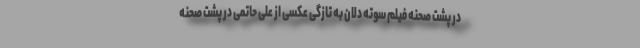
در پشت صحنه فیلم سوته دلان به تازگی عکسی از علی حاتمی در پشت صحنه